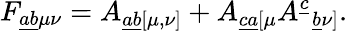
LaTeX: {F_{\underline{{{ab}}}\mu\nu}}={A_{\underline{{{ab}}}[\mu,\nu]}}+{A_{\underline{{{ca}}}[\mu}A^{\underline{{{c}}}}{}_{\underline{{{b}}}\nu]}}.